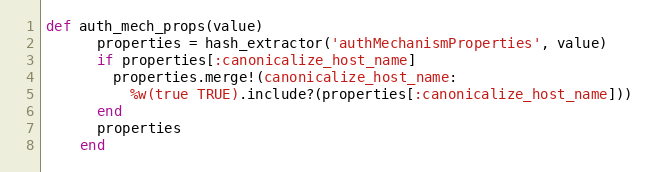
Language: Ruby
def auth_mech_props(value)
      properties = hash_extractor('authMechanismProperties', value)
      if properties[:canonicalize_host_name]
        properties.merge!(canonicalize_host_name:
          %w(true TRUE).include?(properties[:canonicalize_host_name]))
      end
      properties
    end